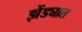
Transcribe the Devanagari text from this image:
झेंड्यात